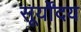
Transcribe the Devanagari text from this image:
सूर्योंदय